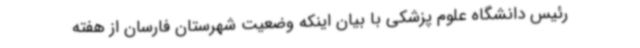
رئیس دانشگاه علوم پزشکی با بیان اینکه وضعیت شهرستان فارسان از هفته